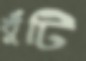
খুঁটি